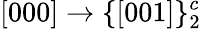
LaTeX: [000]\rightarrow\{ [001]\} _{2}^{c}